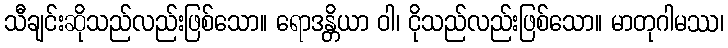
သီချင်းဆိုသည်လည်းဖြစ်သော။ ရောဒန္တိယာ ဝါ၊ ငိုသည်လည်းဖြစ်သော။ မာတုဂါမဿ၊